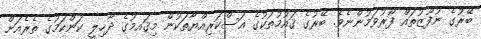
ބޭރުގެ ނުފޫޒުތައް ފޯރުވަމުންނެވެ. ބޭރުގެ ޤައުމުތަކުގެ އަސްކަރިއްޔާތަކުން މިޤައމުގެ ދާޚިލީ ކަންކަމުގެ ތެރެއަށް